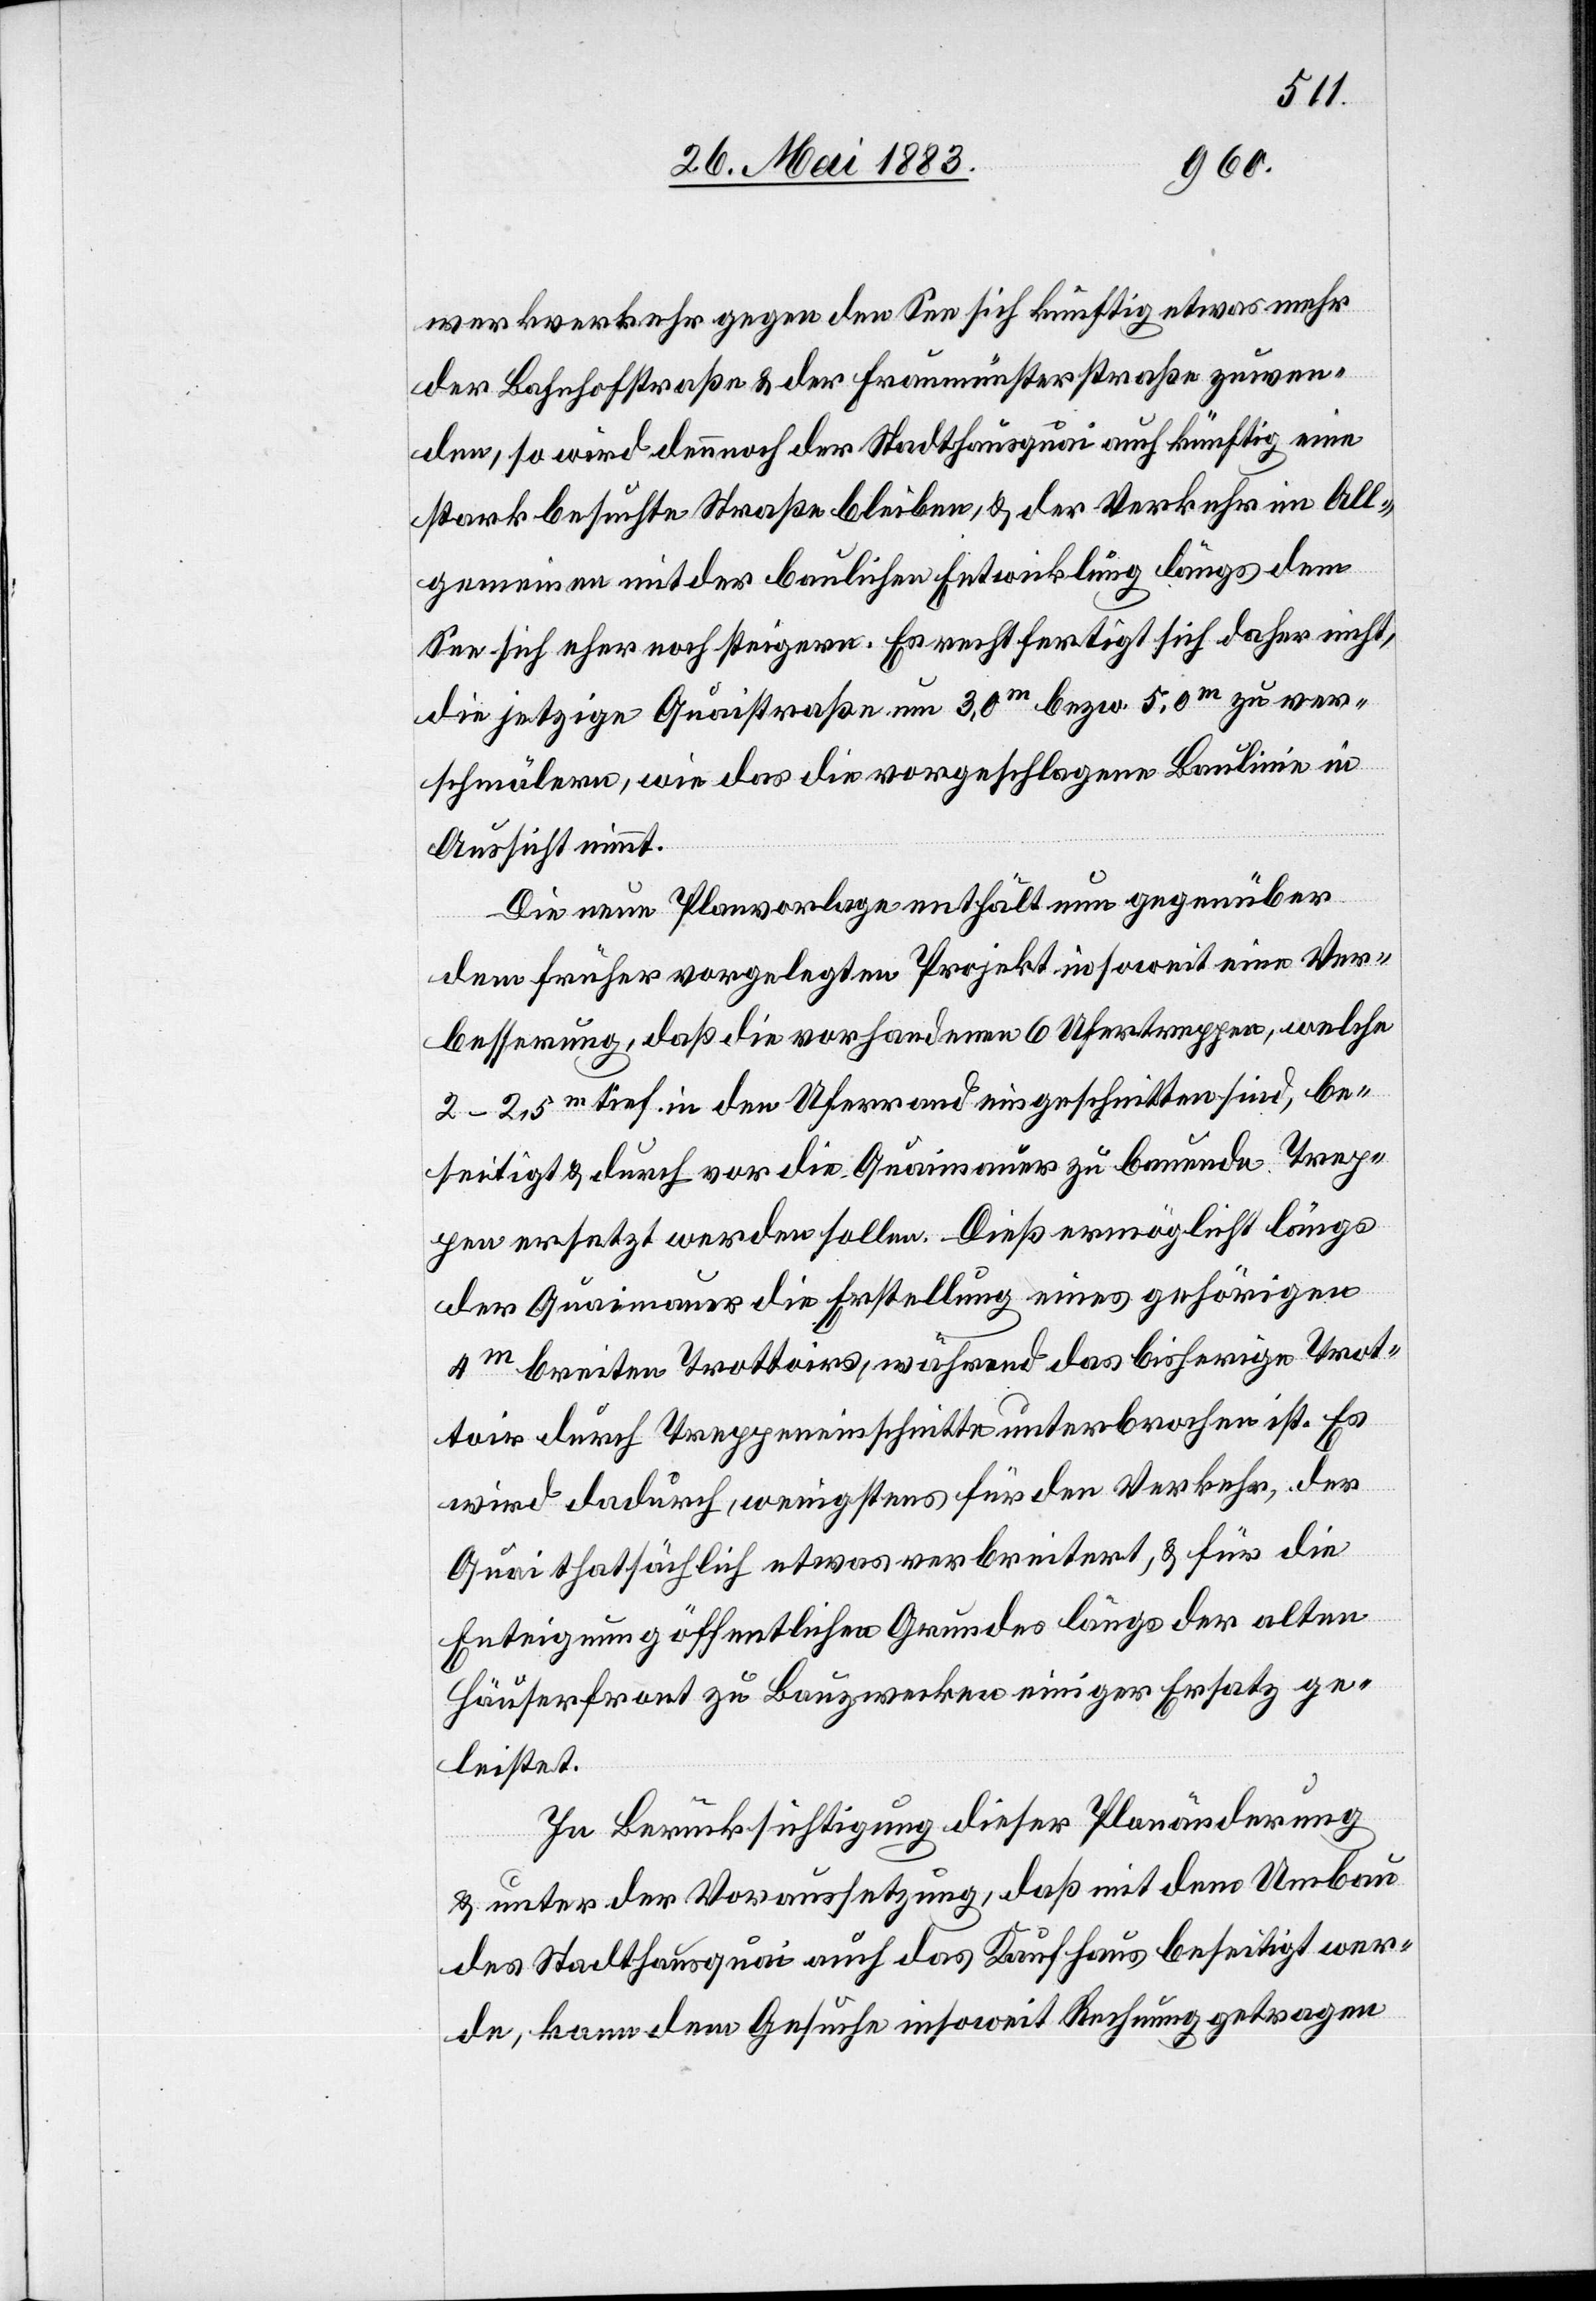
werksverkehr gegen den See sich künftig etwas mehr
der Bahnhofstraße & der Fraumünsterstraße zuwen¬
den, so wird dennoch der Stadthausquai auch künftig eine
stark besuchte Straße bleiben, & der Verkehr im All¬
gemeinen mit der baulichen Entwicklung längs dem
See sich eher noch steigern. Es rechtfertigt sich daher nicht,
die jetzige Quaistraße um 3,0m bezw. 5.0m zu ver¬
schmälern, wie das die vorgeschlagene Baulinie in
Aussicht nimmt.
Die neue Planvorlage enthält nun gegenüber
dem früher vorgelegten Projekt insoweit eine Ver¬
besserung, daß die vorhandenen 6 Ufertreppen, welche
2–2,5m in den Uferrand eingeschnitten sind, be¬
seitigt & durch vor die Quaimauer zu bauende Trep¬
pen ersetzt werden sollen. Dieß ermöglicht längs
der Quaimauer die Erstellung eines gehörigen
4m breiten Trottoirs, während das bisherige Trot¬
toir durch Treppeneinschnitte unterbrochen ist. Es
wird dadurch, wenigstens für den Verkehr, der
Quai thatsächlich etwas verbreitert, & für die
Enteignung öffentlichen Grundes längs der alten
Häuserfront zu Bauzwecken einiger Ersatz ge¬
leistet.
In Berücksichtigung dieser Planänderung
& unter der Voraussetzung, daß mit dem Umbau
des Stadthausquai auch das Kaufhaus beseitigt wer¬
de, kann dem Gesuche insoweit Rechnung getragen